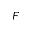
F